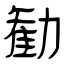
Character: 勧